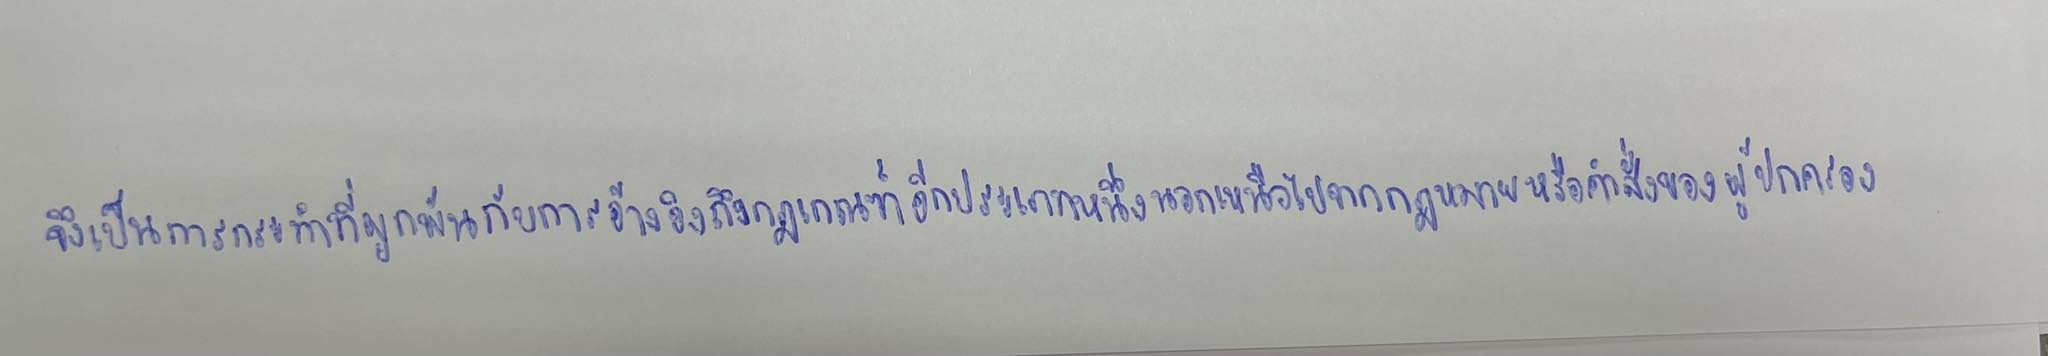
จึงเป็นการกระทำที่ผูกพันกับการอ้างอิงถึงกฎเกณฑ์อีกประเภทหนึ่งนอกเหนือไปจากกฎหมายหรือคำสั่งของผู้ปกครอง